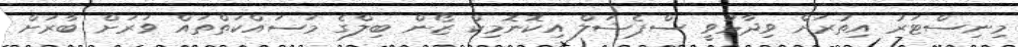
މިނިސްޓަރު އިތުރަށް ވިދާޅުވީ ސްޕެޝަލް އިކޮނޮމިކް ޒޯން ބިލްގެ މަސައްކަތްތައް ވަރަށް ބާރަށް